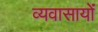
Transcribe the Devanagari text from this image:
व्यवासायों